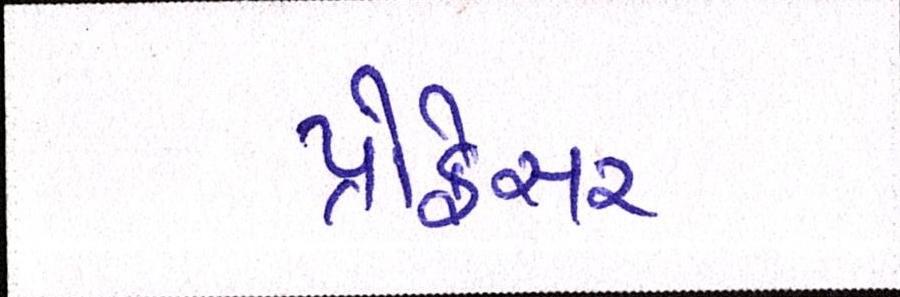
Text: પ્રોફેસર